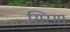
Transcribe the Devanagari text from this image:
सिरगा